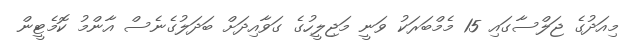
މިއަދުގެ ޖަލްސާގައި 15 މެމްބަރަކު ވަނީ މަޖިލީހުގެ ގަވާއިދަށް ބަދަލުގެނެސް އާންމު ކޮމެޓީން